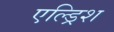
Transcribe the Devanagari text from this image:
एल्ड्रिश